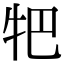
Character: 㸭